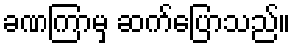
ခဏကြာမှ ဆက်ပြောသည်။